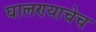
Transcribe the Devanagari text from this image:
घालण्याचेच